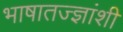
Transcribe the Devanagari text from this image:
भाषातज्ज्ञांशी